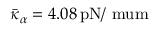
\bar { \kappa } _ { \alpha } = 4 . 0 8 \, \mathrm { { p N / \ m u m } }